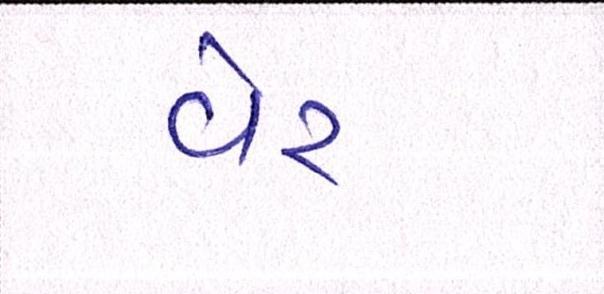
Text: વેર